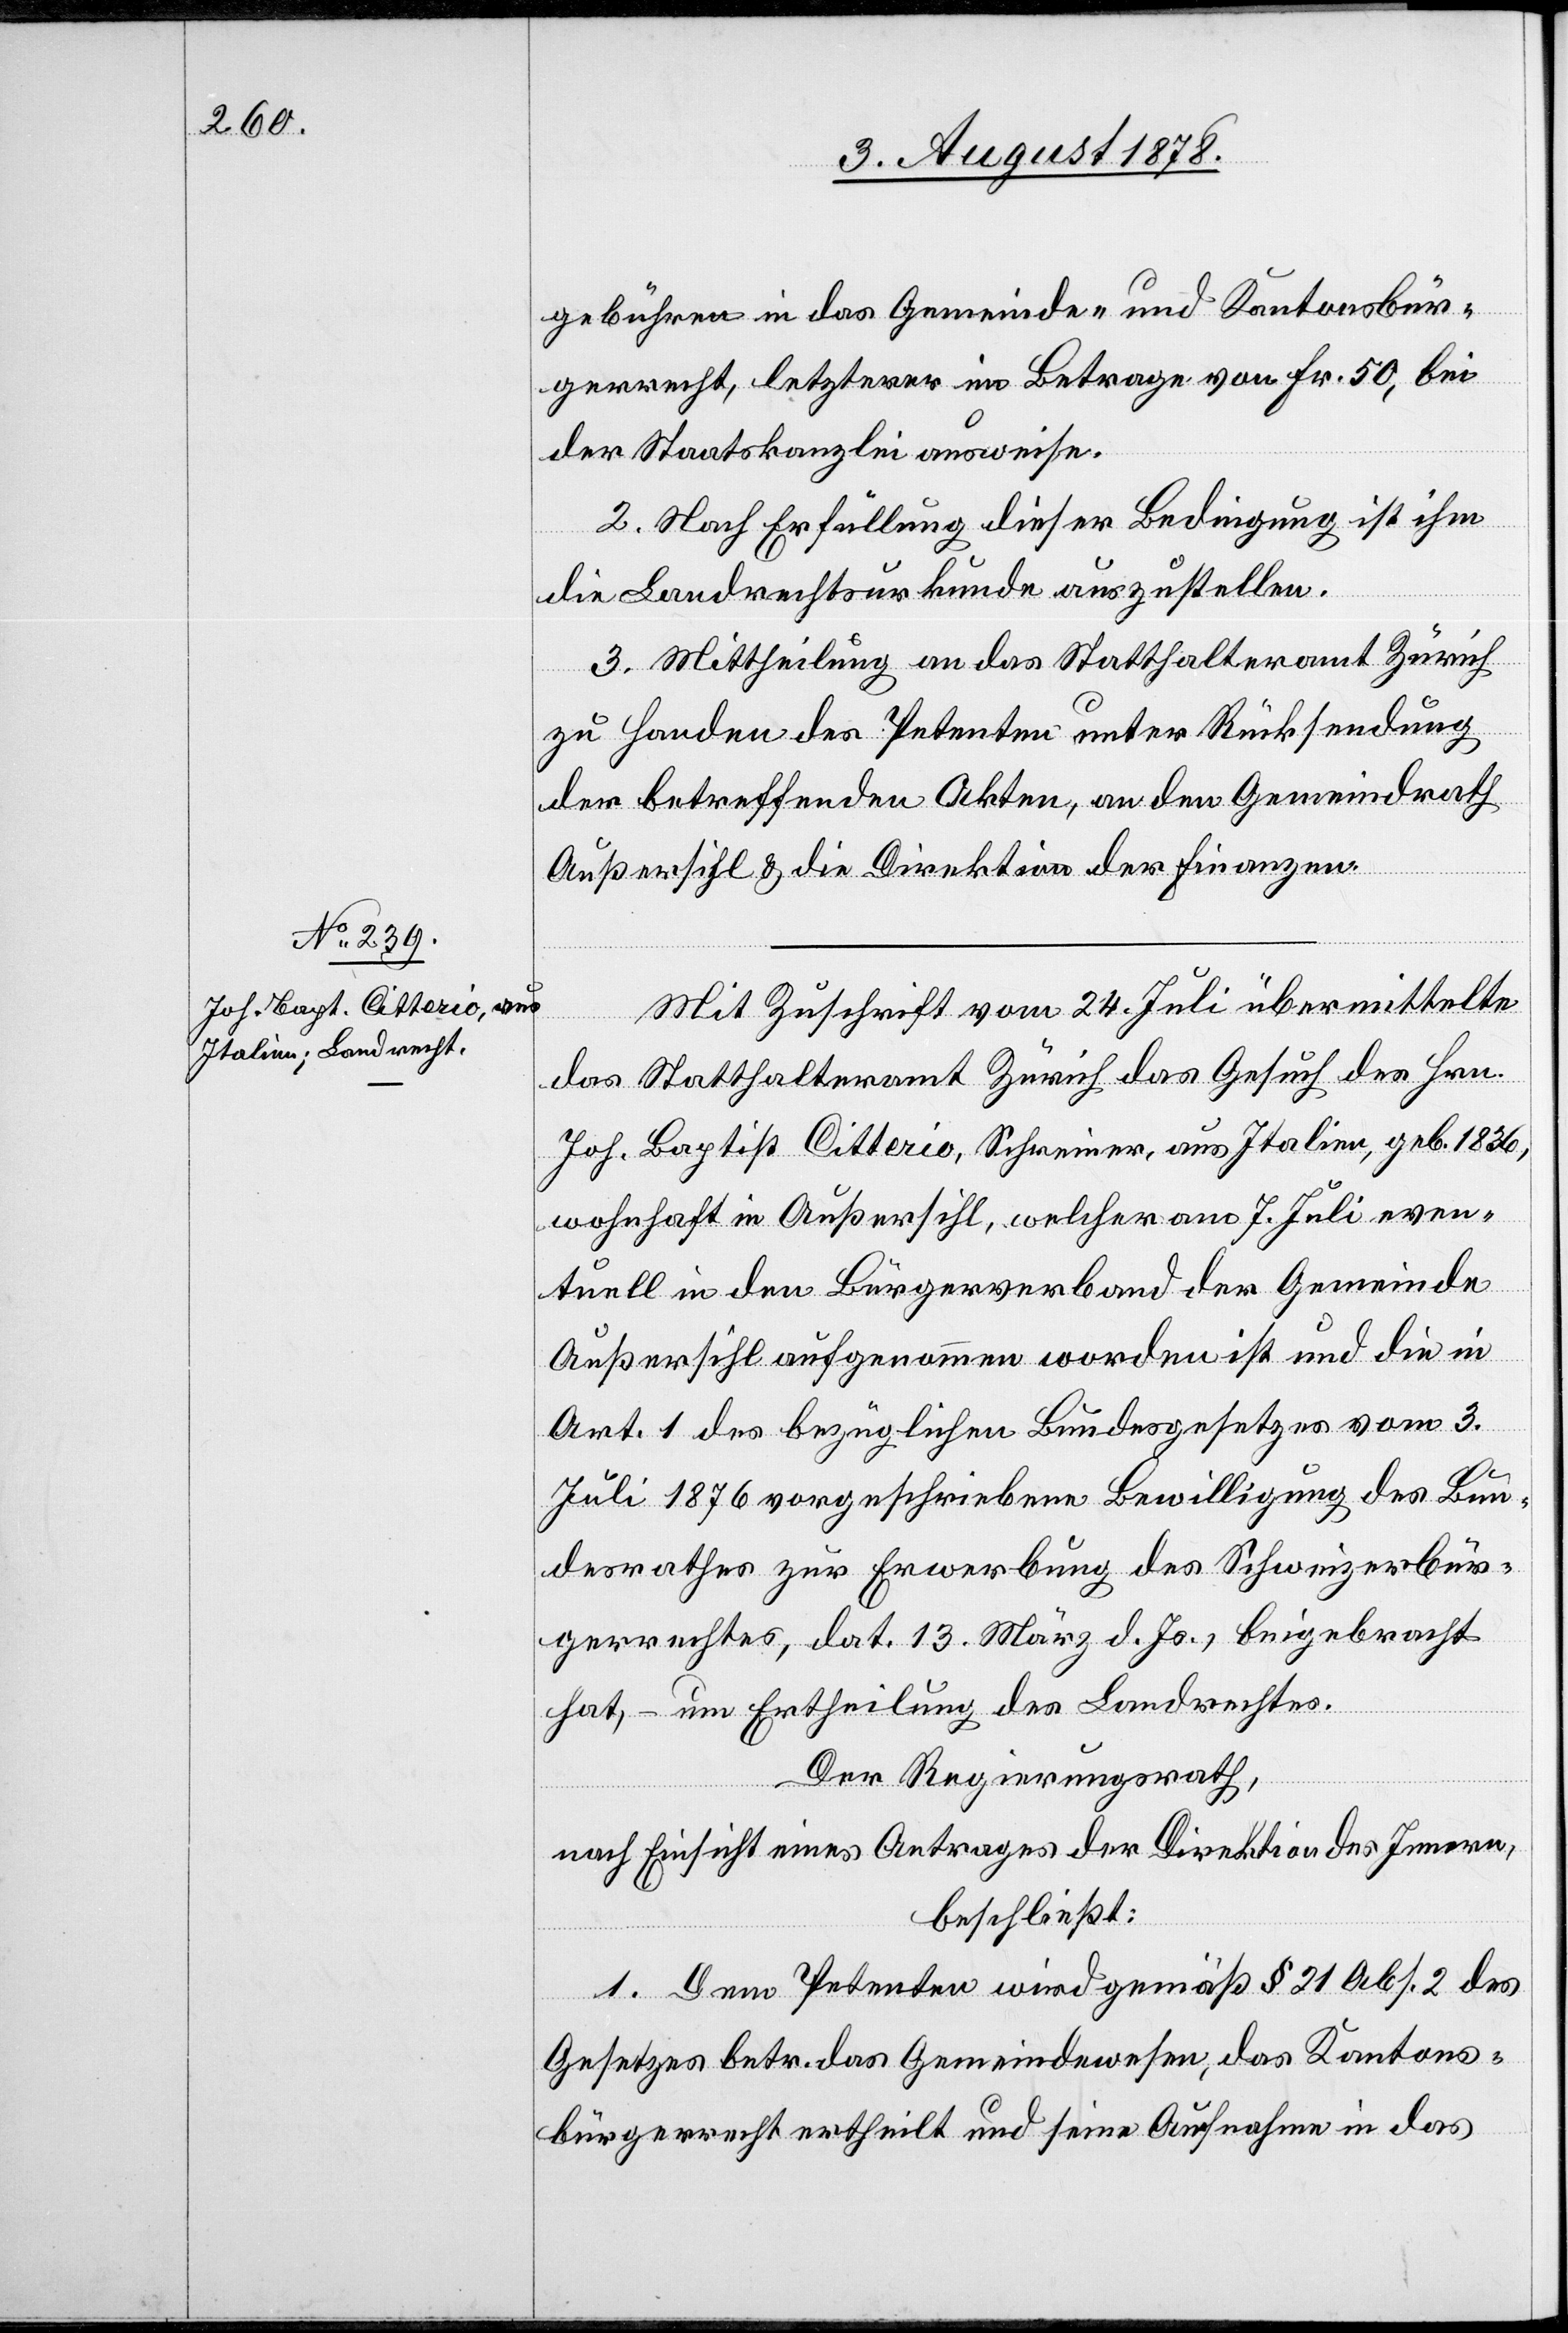
gebühren in das Gemeinde- & Kantonsbür¬
gerrecht, letzterer im Betrage von Fr. 50, bei
der Staatskanzlei ausweise.
2. Nach Erfüllung dieser Bedingung ist ihm
ton¬
die Landrechtsurkunde auszustellen.
3. Mittheilung an das Statthalteramt Zürich
zu Handen des Petenten unter Rücksendung
der betreffenden Akten, an den Gemeindrath
Außersihl und die Direktion der Finanzen.
Mit Zuschrift vom 24. Juli übermittelte
2
das Statthalteramt Zürich das Gesuch des Hrn.
Joh. Baptist Citterio, Schreiner, aus Italien, geb. 1836,
wohnhaft in Außersihl, welcher am 7. Juli even¬
tuell in den Bürgerverband der Gemeinde
Außersihl aufgenommen worden ist und die in
Art. 1 des bezüglichen Bundesgesetzes vom 3.
1.
Juli 1876 vorgeschriebene Bewilligung des Bun¬
desrathes zur Erwerbung des Schweizerbür¬
gerrechtes, dat. 13. März d. Js. beigebracht
hat, – um Ertheilung des Landrechtes.
Dem
Der Regierungsrath,
nach Einsicht eines Antrages der Direktion des Innern,
beschließt:
Bürgerrecht ertheilt & seine Aufnahme in das

das